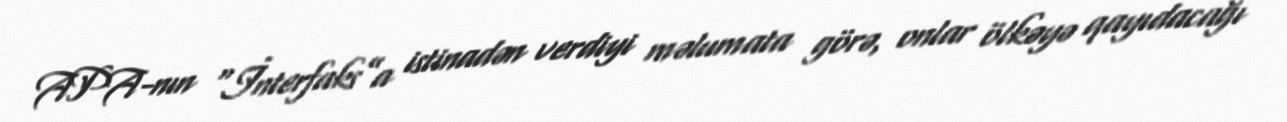
APA-nın “İnterfaks”a istinadən verdiyi məlumata görə, onlar ölkəyə qayıdacağı